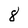
Character: 8